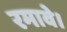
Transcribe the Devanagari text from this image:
रमावे।